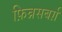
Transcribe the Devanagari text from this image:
फ़िन्नसबर्ग़